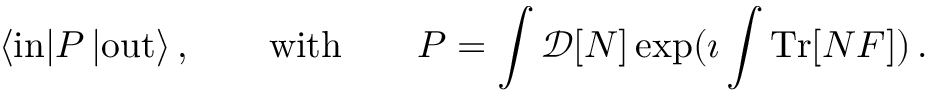
\langle \mathrm { i n } | P \, | \mathrm { o u t } \rangle \, , \qquad \mathrm { w i t h } \qquad P = \int \mathcal { D } [ N ] \exp ( \imath \int \mathrm { T r } [ N F ] ) \, .